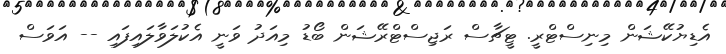
އެޑިޔުކޭޝަން މިނިސްޓްރީ. ޓީޗާސް ރަޖިސްޓްރޭޝަން ބޯޑު މިއަދު ވަނީ އެކުލަވާލައިފައި -- އަވަސް